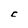
Character: C